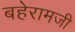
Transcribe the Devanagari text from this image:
बहेरामजी